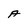
Character: A